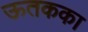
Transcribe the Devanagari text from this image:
ऊतकका